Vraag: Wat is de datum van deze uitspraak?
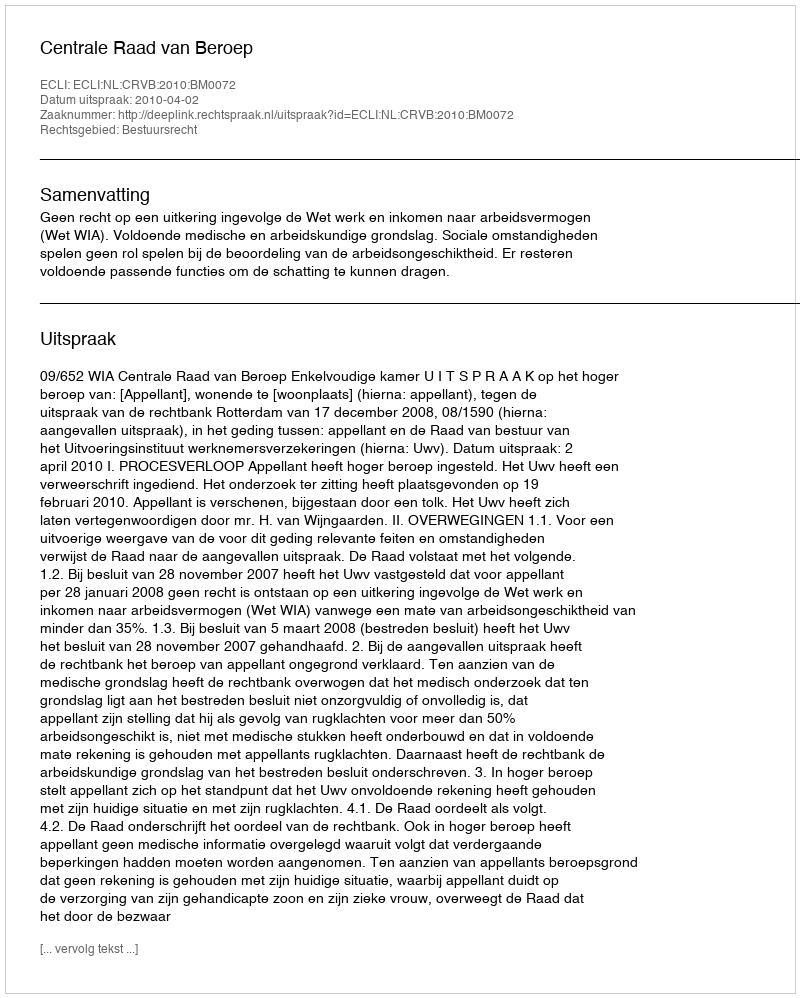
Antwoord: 2010-04-02